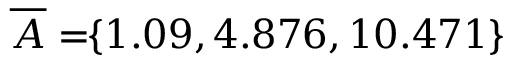
\! \! \! \! \! \! \! \; \; \; \; \overline { { A } } = \! \! \{ 1 . 0 9 , 4 . 8 7 6 , 1 0 . 4 7 1 \} \! \! \!